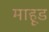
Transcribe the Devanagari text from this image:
माहूड